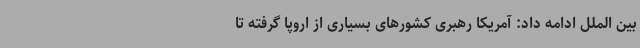
بین الملل ادامه داد: آمریکا رهبری کشورهای بسیاری از اروپا گرفته تا